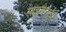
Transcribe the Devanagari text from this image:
लाइनोटाईप